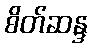
စိတ်ဆန္ဒ